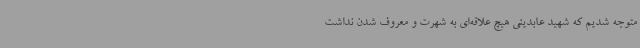
متوجه شدیم که شهید عابدینی هیچ علاقه‌ای به شهرت و معروف شدن نداشت